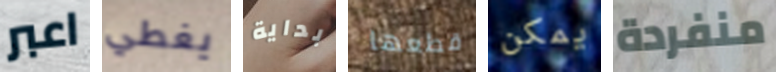
اعبر يغطي بداية قطعها يمكن منفردة